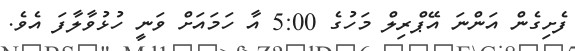
ފެށިގެން އަންނަ އޭޕްރިލް މަހުގެ 5:00 އާ ހަމައަށް ވަނީ ހުޅުވާލާފަ އެވެ.